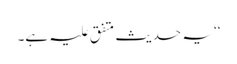
‘‘ یہ حدیث متفق علیہ ہے۔